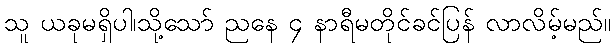
သူ ယခုမရှိပါ၊သို့သော် ညနေ ၄ နာရီမတိုင်ခင်ပြန် လာလိမ့်မည်။